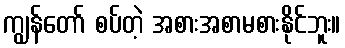
ကျွန်တော် စပ်တဲ့ အစားအစာမစားနိုင်ဘူး။